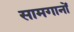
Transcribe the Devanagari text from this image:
सामगानों